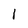
Character: l